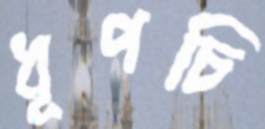
ধূপচি